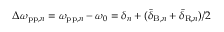
\Delta \omega _ { \mathrm { p p } , n } = \omega _ { \mathrm { p p } , n } - \omega _ { 0 } = \delta _ { n } + ( \bar { \delta } _ { \mathrm { B } , n } + \bar { \delta } _ { \mathrm { R } , n } ) / 2